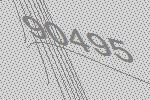
90495